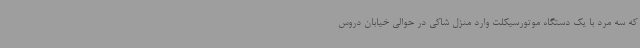
که سه مرد با یک دستگاه موتورسیکلت وارد منزل شاکی در حوالی خیابان دروس